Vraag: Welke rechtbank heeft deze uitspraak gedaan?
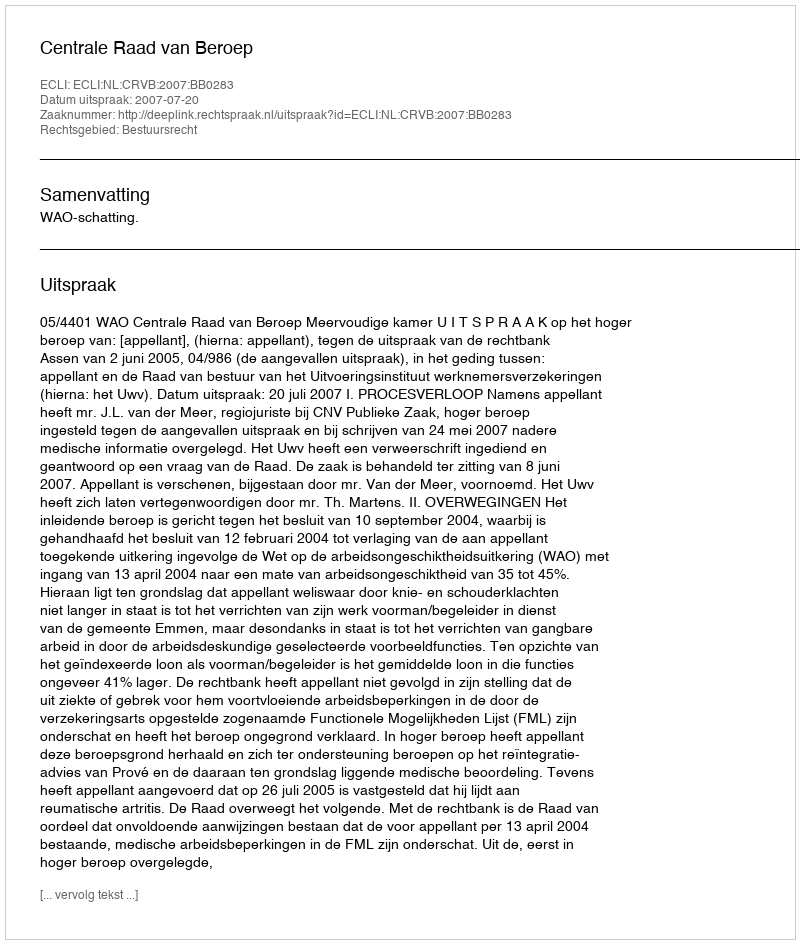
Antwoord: Centrale Raad van Beroep